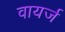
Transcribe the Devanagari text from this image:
वायर्ज